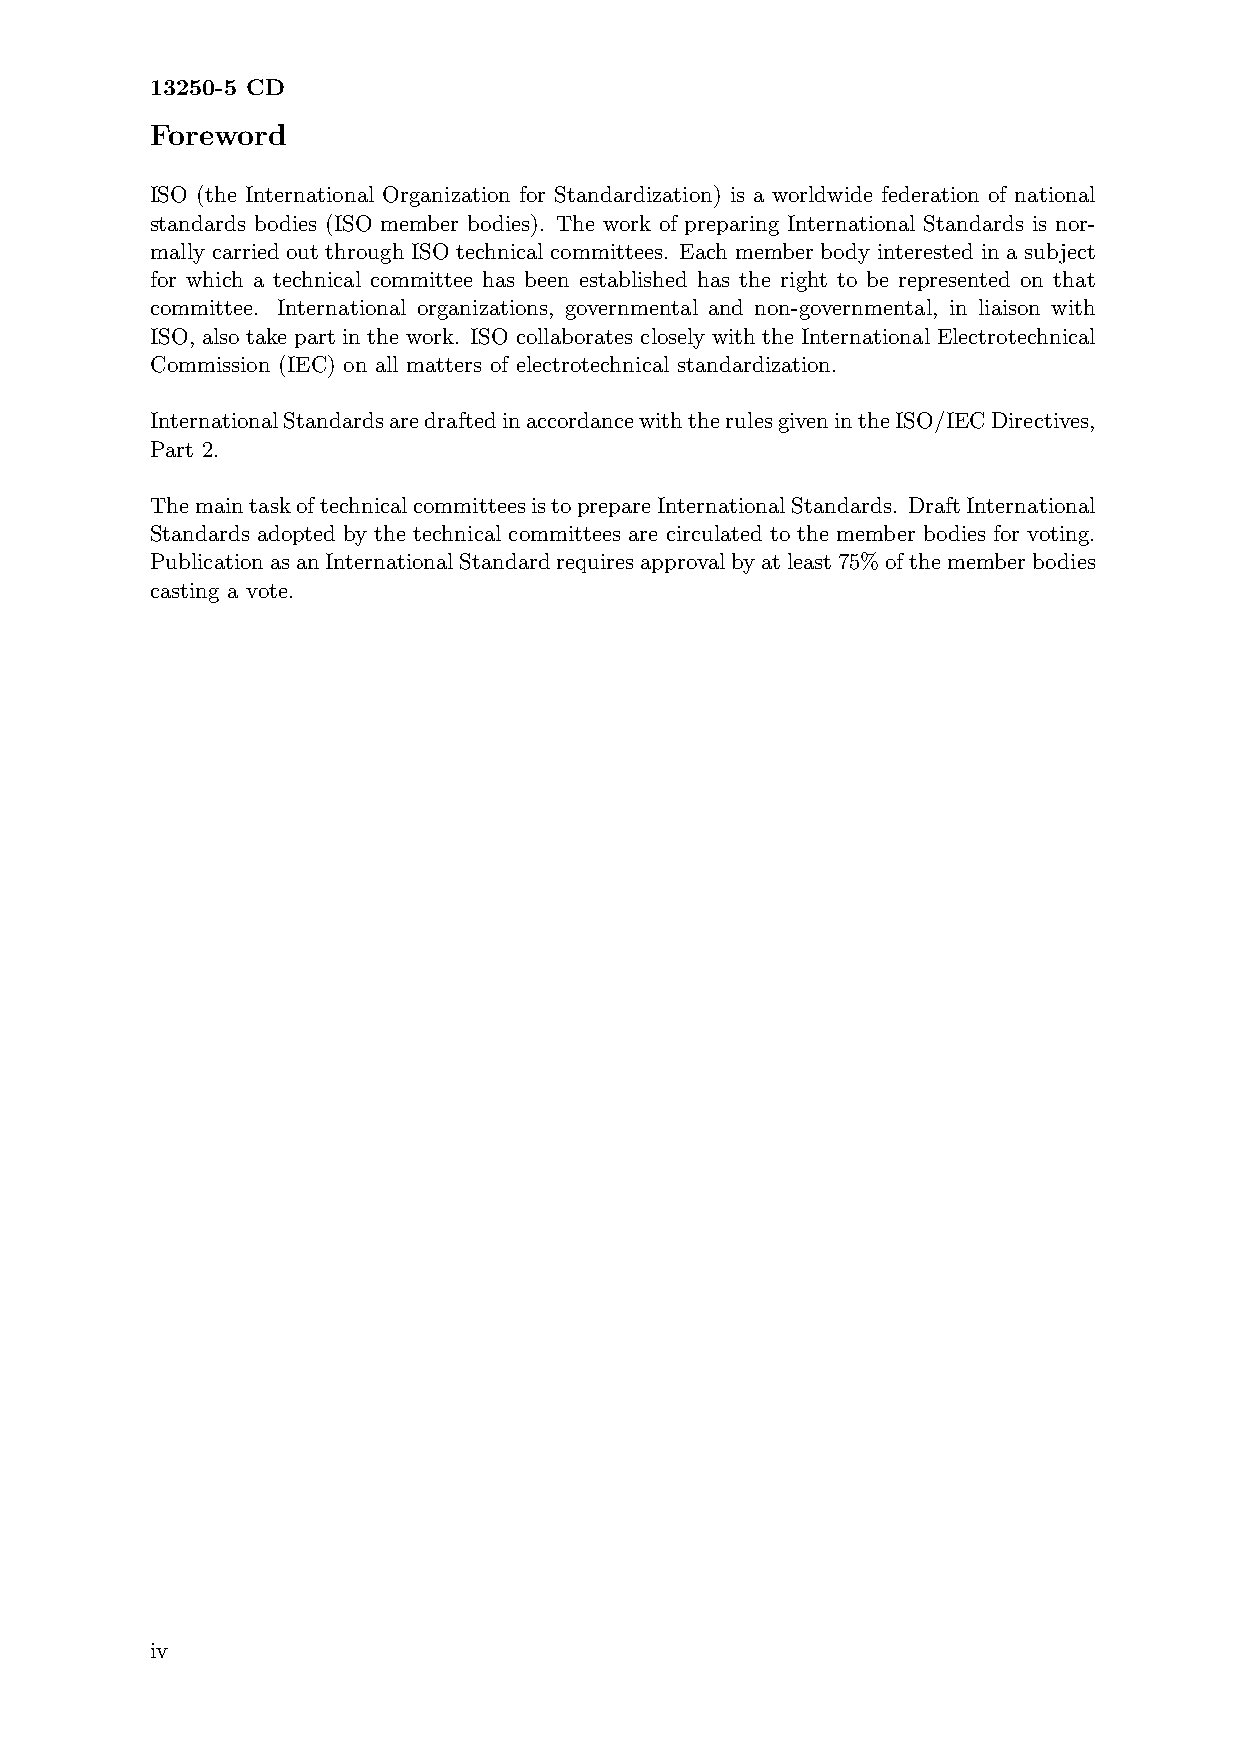
13250-5 CD
 Foreword
 ISO (the International Organization for Standardization) is a worldwide federation of national
 standards bodies (ISO member bodies). The work of preparing International Standards is nor-
 mally carried out through ISO technical committees. Each member body interested in a subject
 for which a technical committee has been established has the right to be represented on that
 committee. International organizations, governmental and non-governmental, in liaison with
 ISO, also take part in the work. ISO collaborates closely with the International Electrotechnical
 Commission (IEC) on all matters of electrotechnical standardization.
 InternationalStandardsaredraftedinaccordancewiththerulesgivenintheISO/IECDirectives,
 Part 2.
 ThemaintaskoftechnicalcommitteesistoprepareInternationalStandards. DraftInternational
 Standards adopted by the technical committees are circulated to the member bodies for voting.
 PublicationasanInternationalStandardrequiresapprovalbyatleast75%ofthememberbodies
 casting a vote.
 iv